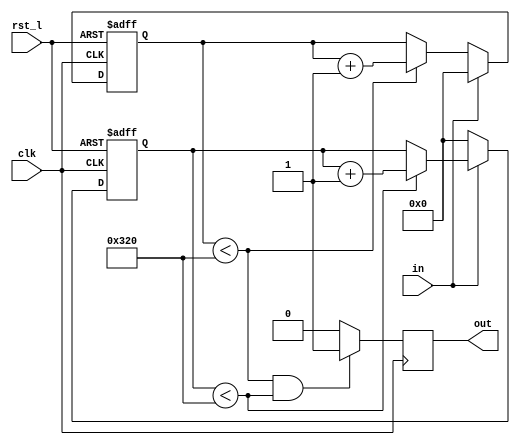
module check_1hz(
    clk,
    rst_l,
    in,
    out);
    
	 parameter COUNT_WIDTH = 12;
	 parameter COUNT_MAX = 800;
    input clk;
    input rst_l;
    input in;
    output out;
    
    reg out;

    reg [COUNT_WIDTH-1:0] count_low;
    reg [COUNT_WIDTH-1:0] count_hi;

    always @(posedge clk or negedge rst_l)
    if(~rst_l) begin
        count_hi[COUNT_WIDTH-1:0] = COUNT_MAX;
        count_low[COUNT_WIDTH-1:0] = COUNT_MAX;
    end
    else begin
        if (in == 1) begin
            count_low[COUNT_WIDTH-1:0] = 0;
            count_hi[COUNT_WIDTH-1:0] = count_hi[COUNT_WIDTH-1:0] < COUNT_MAX ? 
                                                count_hi[COUNT_WIDTH-1:0]+1 : count_hi[COUNT_WIDTH-1:0];
        end
        else begin
            count_low[COUNT_WIDTH-1:0] = count_low[COUNT_WIDTH-1:0] < COUNT_MAX ? 
                                                count_low[COUNT_WIDTH-1:0]+1 : count_low[COUNT_WIDTH-1:0];
            count_hi[COUNT_WIDTH-1:0] = 0;
        end
    end

    always @(posedge clk)
    if ((count_low[COUNT_WIDTH-1:0] < COUNT_MAX) && (count_hi[COUNT_WIDTH-1:0] < COUNT_MAX)) begin
        out <= 1'b1;
    end
    else begin
        out <= 1'b0;
    end


endmodule